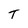
Character: T